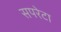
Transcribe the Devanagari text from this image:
सपरेटा